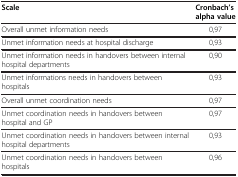
<table><thead><tr><td><b>Scale</b></td><td><b>Cronbach’s alpha value</b></td></tr></thead><tbody><tr><td>Overall unmet information needs</td><td>0,97</td></tr><tr><td>Unmet information needs at hospital discharge</td><td>0,93</td></tr><tr><td>Unmet information needs in handovers between internal hospital departments</td><td>0,90</td></tr><tr><td>Unmet informations needs in handovers between hospitals</td><td>0,93</td></tr><tr><td>Overall unmet coordination needs</td><td>0,97</td></tr><tr><td>Unmet coordination needs in handovers between hospital and GP</td><td>0,97</td></tr><tr><td>Unmet coordination needs in handovers between internal hospital departments</td><td>0,93</td></tr><tr><td>Unmet coordination needs in handovers between hospitals</td><td>0,96</td></tr></tbody></table>